Vaccination in Bombay 1869-1873 - 1869-1873
Year: 1869
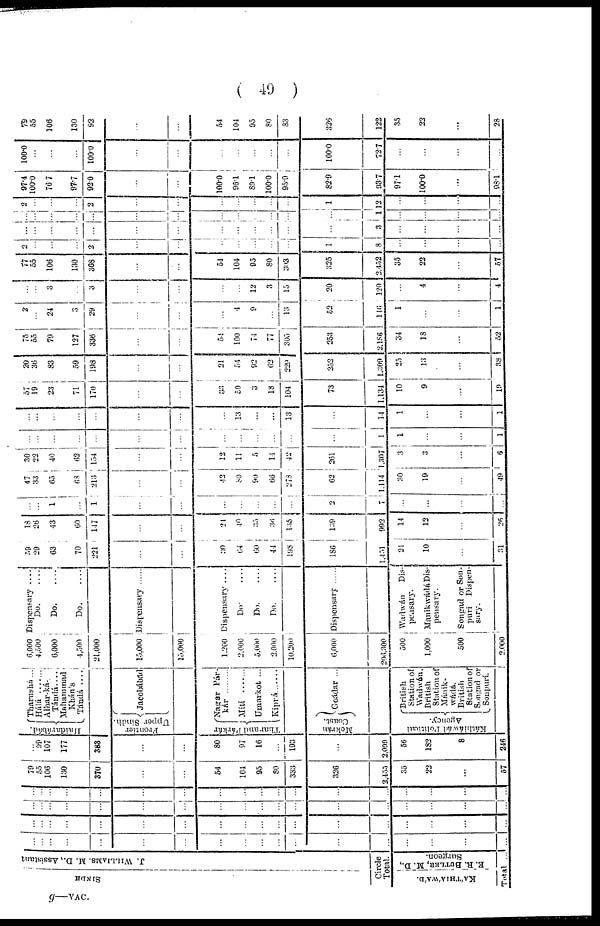
( 49 )
SINDH
J. WILLIAMS. M. D., Assistant
Circle
Total.
KÁTHIÁWÁD.
E. R. BUTLER, M. D.,
Surgeon.
Total ...
...
... ...
...
...
...
...
...
...
...
...
...
...
...
...
...
...
...
...
...
...
...
...
...
...
...
...
...
...
...
...
...
...
...
...
...
...
...
...
...
...
...
...
...
...
...
...
...
...
...
...
...
...
...
...
...
...
...
...
...
...
...
...
...
...
...
...
...
...
...
...
...
79
55
106
130
370
...
...
54
104
95
80
333
326
2,455
35
22
...
57
...
99
107
177
383
...
...
80
97
16
...
193
...
2,099
56
182
8
246
Haidarábád.
Frontier
Upper Sindh.
Thar and Párkár
Mckrán
Coast.
Tharnshá ...
Hálá ......
Alhar-ká-
Tándá ....
Mahammad
Khán's
Tándá
...
Jacobábád
Nagar Pár-
kár
Mítí ......
Umarkot ...
Kiprá ......
Goádar ...
Káthiáwád Political
Agency.
British
Station of
Wadwán.
British
Station of
Mánik-
wádá.
British
Station of
Songad or
Sonpurí.
6,000
4,500
6,000
4,500
21,000
15,000
15,000
1,200
2,000
5,000
2,000
10,200
6,000
206,300
500
1,000
500
2,000
Dispensary ....
Do. ....
Do. ....
Do. ....
Dispensary ......
Dispensary ...
Do. ....
Do. ....
Do. ....
Dispensary
Wadwán
Dis-
pensary.
Manikwádá Dis-
pensary.
Songad or Son-
puri
Dispen-
sary.
59
29
63
70
221
...
...
30
64
60
44
198
186
1,451
21
10
...
31
18
26
43
60
147
...
...
24
40
35
36
135
139
992
14
12
...
26
...
...
1
...
1
...
...
...
...
...
...
...
2
7
...
...
...
...
47
33
65
68
213
...
...
42
80
90
66
278
62
1,114
30
19
...
49
30
22
40
62
154
...
...
12
11
5
14
42
261
1,307
3
3
...
6
...
...
...
. . .
...
...
...
...
...
...
...
...
...
1
1
...
...
1
...
...
...
...
...
...
...
...
13
...
...
13
...
14
1
...
...
1
57
19
23
71
170
...
...
33
50
3
18
104
73
1,134
10
9
...
19
20
36
83
59
193
...
...
21
54
92
62
229
252
1,309
25
13
...
38
75
55
79
127
336
...
...
54
100
74
77
305
253
2,186
34
18
...
52
2
...
24
3
29
...
...
...
4
9
...
13
52
146
1
...
...
1
...
...
3
...
3
...
...
...
...
12
3
15
20
120
...
4
...
4
77
55
106
130
368
...
...
54
104
95
80
303
325
2,452
35
22
...
57
2
...
...
...
2
...
...
...
...
...
...
...
1
8
...
...
...
...
...
...
...
...
...
...
...
...
...
...
...
...
...
3
...
...
...
...
...
...
...
...
...
...
...
...
...
...
...
...
...
1
...
...
...
..
2
...
...
...
2
...
...
...
...
...
...
...
1
12
...
...
...
...
97.4
100.0
76.7
97.7
92.0
...
...
100.0
96.1
89.1
100.0
95.9
82.9
93.7
97.1
100.0
...
98.1
100.0
...
...
...
100.0
...
...
...
...
...
...
...
100.0
72.7
...
...
...
...
79
55
106
130
92
...
...
54
104
95
80
83
326
122
35
22
...
28
g—vac.